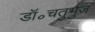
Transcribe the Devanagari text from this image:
डॉ॰चतुर्भुज